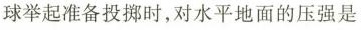
球举起准备投掷时，对水平地面的压强是